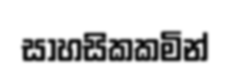
සාහසිකකමින්